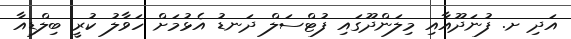
އަދި ށ. ފުނަދޫއާއި މިލަންދޫގައި ފުޓްސަލް ދަނޑު އެޅުމަށް ހަވާލު ކުރީ ބިލްޑިއާ